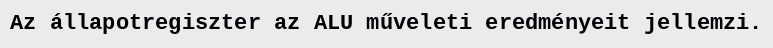
Az állapotregiszter az ALU műveleti eredményeit jellemzi.